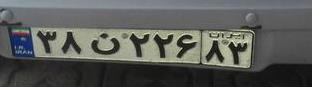
۳۸ن۲۲۶۸۳